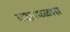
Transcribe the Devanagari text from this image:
वक्षस्थळास